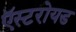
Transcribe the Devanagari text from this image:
ऍस्टरोयड